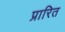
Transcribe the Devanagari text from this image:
प्रारित